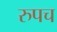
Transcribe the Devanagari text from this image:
रुपच